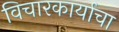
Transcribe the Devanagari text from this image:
विचारकार्याचा